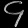
Digit: ၄